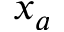
x _ { a }